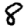
Digit: 8